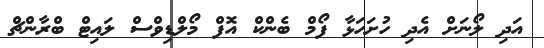
އަދި ލޯނަށް އެދި ހުށަހަޅާ ފޯމް ބެންކް އޮފް މޯލްޑިވްސް ލައިޓް ބްރާންޗް